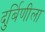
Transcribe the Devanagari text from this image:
दुर्बिणीला